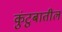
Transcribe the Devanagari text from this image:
कुंटुबातील